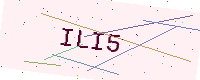
Text: ILI5